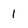
Character: 1